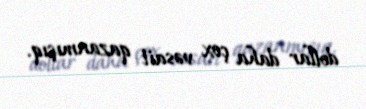
dollar daha çox vəsait qazanmışıq.